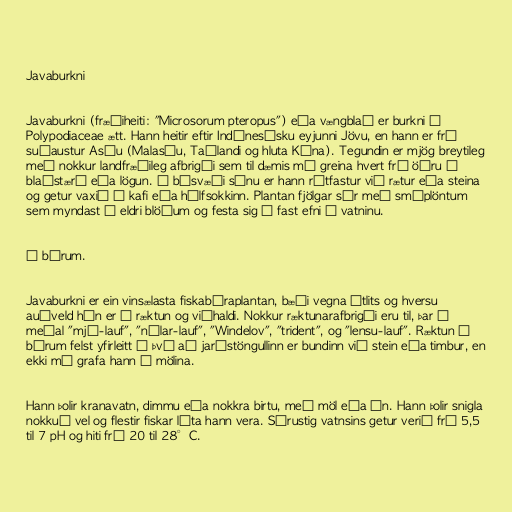
Javaburkni

Javaburkni (fræðiheiti: "Microsorum pteropus") eða vængblað er burkni í
Polypodiaceae ætt. Hann heitir eftir Indónesísku eyjunni Jövu, en hann er frá
suðaustur Asíu (Malasíu, Taílandi og hluta Kína). Tegundin er mjög breytileg
með nokkur landfræðileg afbrigði sem til dæmis má greina hvert frá öðru á
blaðstærð eða lögun. Á búsvæði sínu er hann rótfastur við rætur eða steina
og getur vaxið í kafi eða hálfsokkinn. Plantan fjölgar sér með smáplöntum
sem myndast á eldri blöðum og festa sig á fast efni í vatninu.

Í búrum.

Javaburkni er ein vinsælasta fiskabúraplantan, bæði vegna útlits og hversu
auðveld hún er í ræktun og viðhaldi. Nokkur ræktunarafbrigði eru til, þar á
meðal "mjó-lauf", "nálar-lauf", "Windelov", "trident", og "lensu-lauf". Ræktun í
búrum felst yfirleitt í því að jarðstöngullinn er bundinn við stein eða timbur, en
ekki má grafa hann í mölina.

Hann þolir kranavatn, dimmu eða nokkra birtu, með möl eða án. Hann þolir snigla
nokkuð vel og flestir fiskar láta hann vera. Sýrustig vatnsins getur verið frá 5,5
til 7 pH og hiti frá 20 til 28°C.